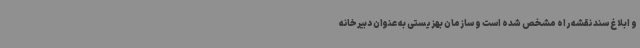
و ابلاغ سند نقشه راه مشخص شده است و سازمان بهزیستی به عنوان دبیرخانه